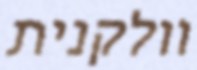
וולקנית